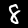
Label: 8